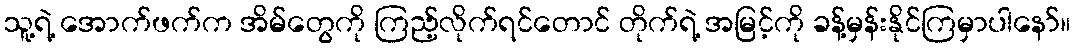
သူ့ရဲ့ အောက်ဖက်က အိမ်တွေကို ကြည့်လိုက်ရင်တောင် တိုက်ရဲ့ အမြင့်ကို ခန့်မှန်းနိုင်ကြမှာပါနော်။